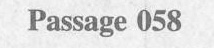
Passage 058